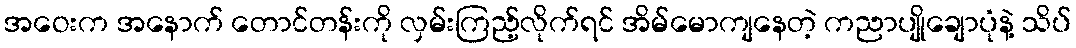
အဝေးက အနောက် တောင်တန်းကို လှမ်းကြည့်လိုက်ရင် အိမ်မောကျနေတဲ့ ကညာပျိုချောပုံနဲ့ သိပ်